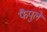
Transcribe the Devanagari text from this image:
फैपुले